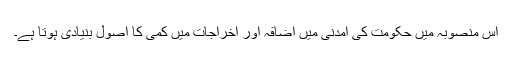
اس منصوبہ میں حکومت کی آمدنی میں اضافہ اور اخراجات میں کمی کا اصول بنیادی ہوتا ہے۔